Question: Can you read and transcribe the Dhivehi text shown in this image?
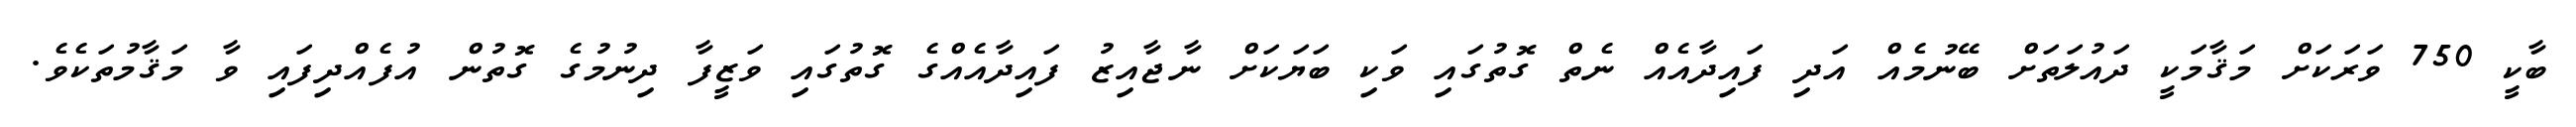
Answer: ބާކީ 750 ވަރަކަށް މަޤާމަކީ ދައުލަތަށް ބޭނުމެއް އަދި ފައިދާއެއް ނެތް ގޮތުގައި ވަކި ބަޔަކަށް ނާޖާއިޒު ފައިދާއެއްގެ ގޮތުގައި ވަޒީފާ ދިނުމުގެ ގޮތުން އުފެއްދިފައި ވާ މަޤާމުތަކެވެ.